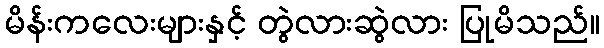
မိန်းကလေးများနှင့် တွဲလားဆွဲလား ပြုမိသည်။